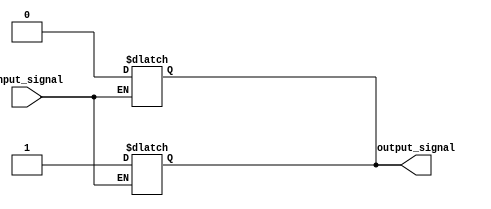
module push_pull_buffer(
    input wire input_signal,
    output reg output_signal
);

// P-type transistors pull output high
always @(*) begin
    if(input_signal) begin
        output_signal = 1'b1;
    end
end

// N-type transistors pull output low
always @(*) begin
    if(!input_signal) begin
        output_signal = 1'b0;
    end
end

endmodule